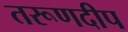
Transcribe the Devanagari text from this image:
तरूणदीप